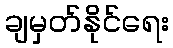
ချမှတ်နိုင်ရေး